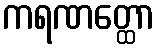
ကရဏတ္ထော